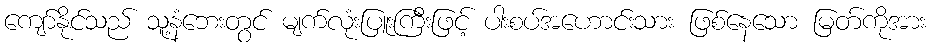
ကျော်နိုင်သည် သူ့နံဘေးတွင် မျက်လုံးပြူးကြီးဖြင့် ပါးစပ်အဟောင်းသား ဖြစ်နေသော မြတ်ကိုအား